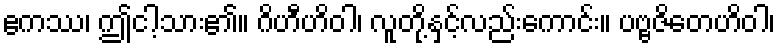
ဧကဿ၊ ဤငါ့သား၏။ ဂိဟီဟိဝါ၊ လူတို့နှင့်လည်းကောင်း။ ပဗ္ဗဇိတေဟိဝါ၊